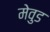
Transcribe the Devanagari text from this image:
मेवुड